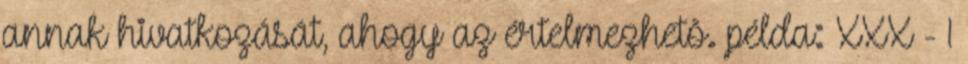
annak hivatkozását, ahogy az értelmezhetõ. példa: XXX - 1